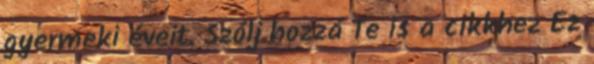
gyermeki éveit. Szólj hozzá Te is a cikkhez Ez